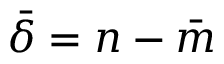
\bar { \delta } = n - \bar { m }